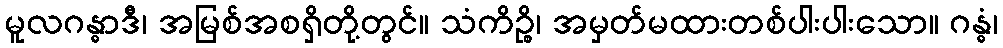
မူလဂန္ဓာဒီ၊ အမြစ်အစရှိတို့တွင်။ သံကိဉ္စိ၊ အမှတ်မထားတစ်ပါးပါးသော။ ဂန္ဓံ၊